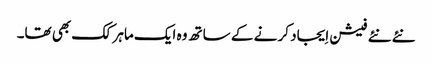
نئے نئے فیشن اِیجاد کر نے کے ساتھ وہ ایک ماہر کک بھی تھا۔